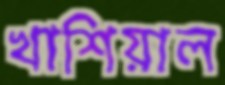
খাশিয়াল